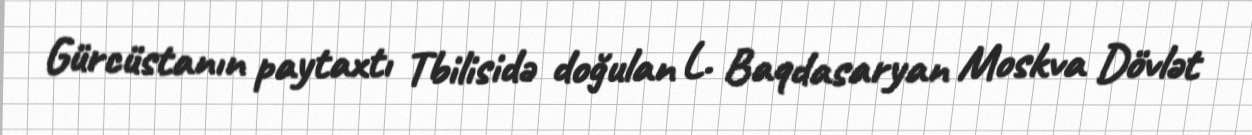
Gürcüstanın paytaxtı Tbilisidə doğulan L. Baqdasaryan Moskva Dövlət